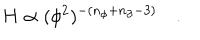
H \propto ( \phi ^ { 2 } ) ^ { - ( n _ { \phi } + n _ { \partial } - 3 ) } \quad .